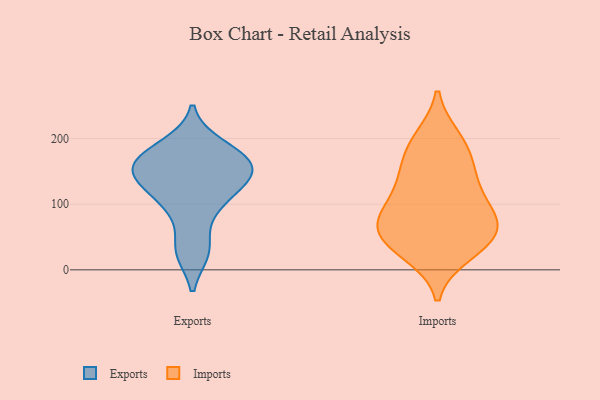
{"axis": {"x": "LTV (USD)", "y": "Value"}, "legend": ["Exports", "Imports"], "data": [{"x": "", "y": 103, "type": "Exports"}, {"x": "", "y": 144, "type": "Exports"}, {"x": "", "y": 135, "type": "Exports"}, {"x": "", "y": 190, "type": "Exports"}, {"x": "", "y": 164, "type": "Exports"}, {"x": "", "y": 156, "type": "Exports"}, {"x": "", "y": 30, "type": "Exports"}, {"x": "", "y": 153, "type": "Exports"}, {"x": "", "y": 182, "type": "Exports"}, {"x": "", "y": 126, "type": "Exports"}, {"x": "", "y": 91, "type": "Exports"}, {"x": "", "y": 28, "type": "Exports"}, {"x": "", "y": 165, "type": "Exports"}, {"x": "", "y": 87, "type": "Imports"}, {"x": "", "y": 200, "type": "Imports"}, {"x": "", "y": 36, "type": "Imports"}, {"x": "", "y": 121, "type": "Imports"}, {"x": "", "y": 90, "type": "Imports"}, {"x": "", "y": 141, "type": "Imports"}, {"x": "", "y": 76, "type": "Imports"}, {"x": "", "y": 57, "type": "Imports"}, {"x": "", "y": 172, "type": "Imports"}, {"x": "", "y": 195, "type": "Imports"}, {"x": "", "y": 25, "type": "Imports"}, {"x": "", "y": 37, "type": "Imports"}, {"x": "", "y": 71, "type": "Imports"}, {"x": "", "y": 144, "type": "Imports"}, {"x": "", "y": 58, "type": "Imports"}]}